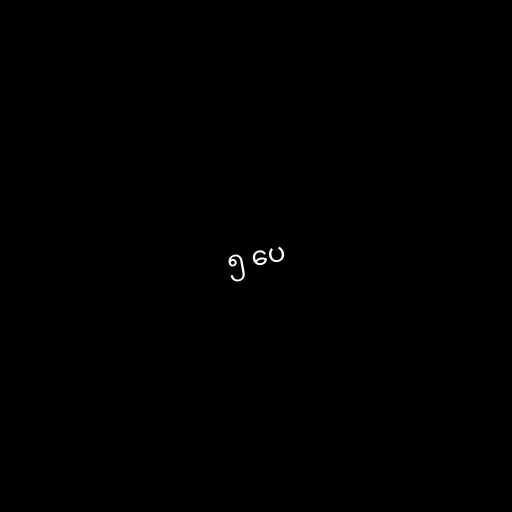
၅ ပေ